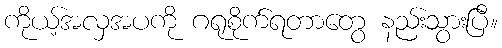
ကိုယ့်အလှအပကို ဂရုစိုက်ရတာတွေ နည်းသွားပြီ။